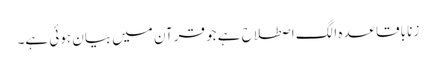
زنا باقاعدہ الگ اصطلاح ہے جو قرآن میں بیان ہوئی ہے۔